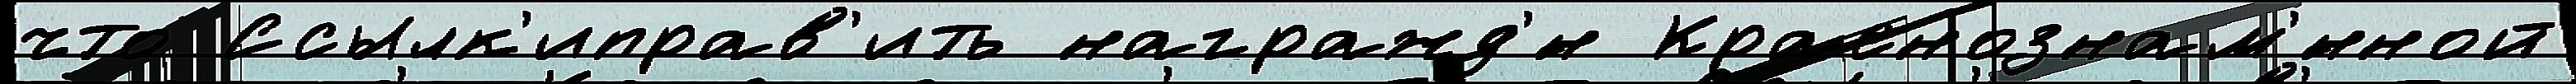
что Ссылк'иправ'ить награжд'́н Краснознам'́нной